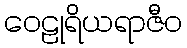
ဝေဠုရိယရာဇီဝ